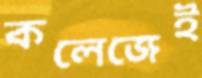
কলেজেই